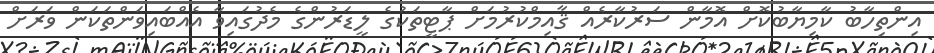
އިންތިހާބު ކާމިޔާބުކޮށް އޮމާން ސަރުކާރެއް ޤާއިމްކުރުމަށް ޕާޓީތަކުގެ ލީޑަރުންގެ މެދުގައިވާ އެއްބައިވަންތަކަން ވަރަށް